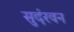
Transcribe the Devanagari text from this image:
सुदंरवन